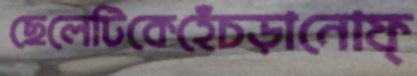
ছেলেটিকেহেঁচড়ানোফ্